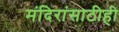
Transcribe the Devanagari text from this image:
मंदिरांसाठीही